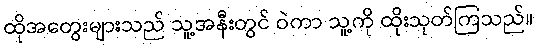
ထိုအတွေးများသည် သူ့အနီးတွင် ဝဲကာ သူ့ကို ထိုးသုတ်ကြသည်။